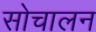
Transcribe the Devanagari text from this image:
सोचालन